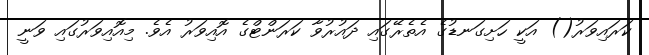
ކަރައިވަރު() އަކީ ހަށިގަނޑުގެ އެތެރޭގައި ދައުރުވާ ކަރަންޓްގެ އޮއިވަރު އެވެ. މިއޮއިވަރުގައި ވަނީ